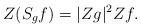
LaTeX: \begin{align*}Z( S_g f) = |Zg|^2 Zf.\end{align*}